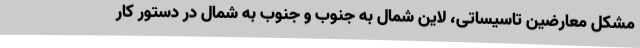
مشکل معارضین تاسیساتی، لاین شمال به جنوب و جنوب به شمال در دستور کار